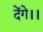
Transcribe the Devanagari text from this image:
देंगे।।